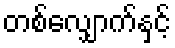
တစ်လျှောက်နှင့်